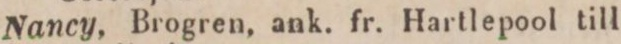
10.    Nancy, Brogren, ank. fr. Hartlepool till